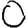
Digit: 0